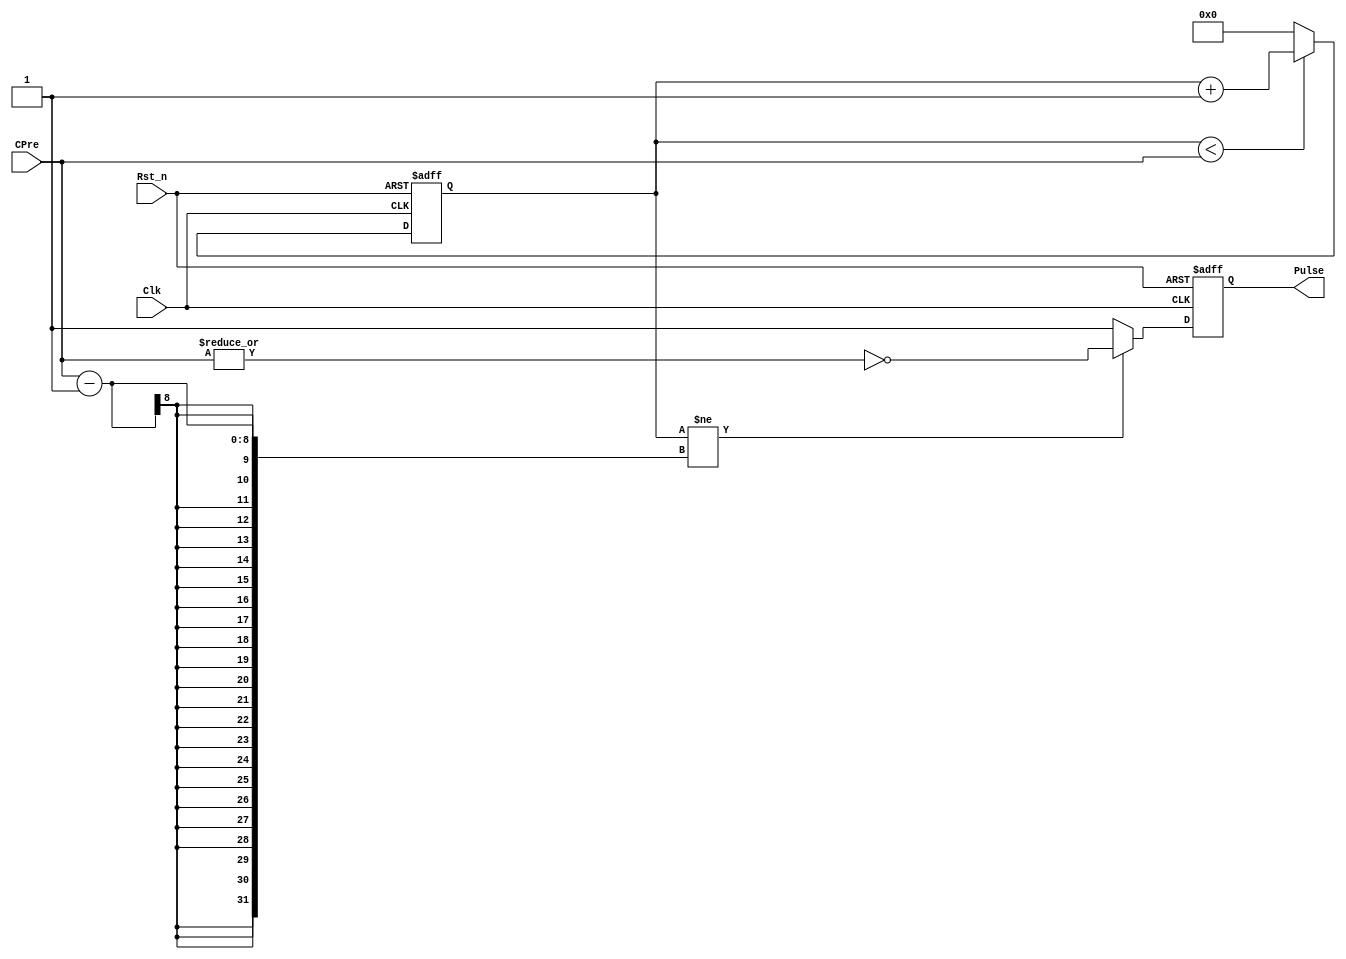
/**1**2**3**4**5**6**7*8
*__
*
* Revision history
*
* Name          Date        Observations
* ------------------------------------------------------------------------------
* -            22/03/2022   First version.
* ------------------------------------------------------------------------------
*__
*
* Description
* Pulse generator.
___

**1**2**3**4**5**6**7*/
module pulse_generator #(parameter SIZE = 8)
(
	input							Clk,		// rellotge del sistema
	input							Rst_n,  	// reset del sistema asncorn i actiu nivell baix
	input		[SIZE-1:0]			CPre,		//senyal de Pre escalat per generar el pulse
	output 	reg						Pulse 		//sortida del sistema
	);

//////////////////    	MAIN CODE	//////////////////////////
reg [SIZE-1:0] cont;  //contador del sistema

always @(posedge Clk or negedge Rst_n) begin 	//Bloque para el contador
	if (!Rst_n) begin				
		cont <= {SIZE{1'b0}};					//Reseta el contador
	end
	else if (cont < CPre) begin 				//contador hasta CPre
		cont <= cont + 1'b1;
	end
	else begin 									//Cuando CPre == cont, reinica el contador
		cont <= {SIZE{1'b0}};
	end
end

always @(posedge Clk or negedge Rst_n) begin
	if (!Rst_n) begin				
		Pulse <= 0;			//Reseta el contador
	end
	else if (cont != CPre-1) begin 				//Indica cuando pulse sera 1
		Pulse <= ~|CPre;						//NOR para cuando Cpre sea 0, pulse 1, el resto 0
	end
	else begin
		Pulse <= 1;
	end
end
endmodule